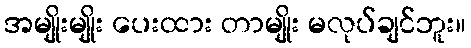
အမျိုးမျိုး ပေးထား တာမျိုး မလုပ်ချင်ဘူး။